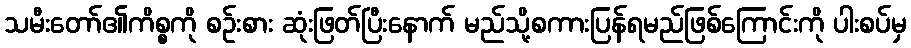
သမီးတော်၏ကိစ္စကို စဉ်းစား ဆုံးဖြတ်ပြီးနောက် မည်သို့စကားပြန်ရမည်ဖြစ်ကြောင်းကို ပါးစပ်မှ